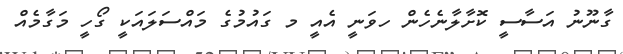
ގާނޫނު އަސާސީ ކޮށާލާނެހެން ހވަނީ އެއީ މ ގައުމުގެ މައްސަލައަކީ ގޯހީ މަގާމެއް